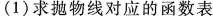
(1)求抛物线对应的函数表